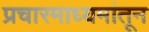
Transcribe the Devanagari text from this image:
प्रचारमाध्यमांतून